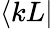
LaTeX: \langle kL|